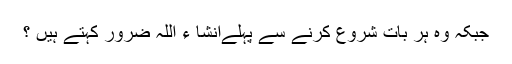
جبکہ وہ ہر بات شروع کرنے سے پہلےانشا ء اللہ ضرور کہتے ہیں ؟